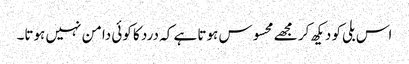
اس بلی کو دیکھ کر مجھے محسوس ہوتا ہے کہ درد کا کوئی دامن نہیں ہوتا۔